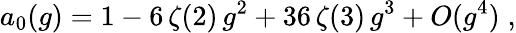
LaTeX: a_{0}(g)=1-6\, \zeta(2)\, g^{2}+36\, \zeta(3)\, g^{3}+O(g^{4})\; ,